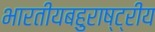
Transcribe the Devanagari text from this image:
भारतीयबहुराष्ट्रीय